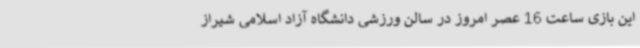
این بازی ساعت 16 عصر امروز در سالن ورزشی دانشگاه آزاد اسلامی شیراز